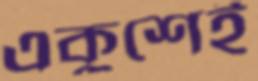
একুশেই